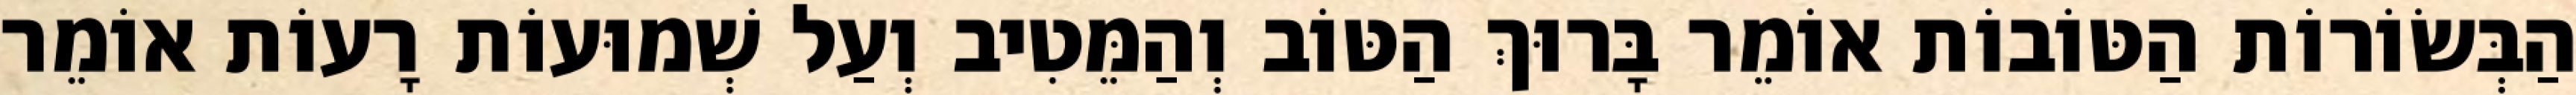
הַבְּשׂוֹרוֹת הַטּוֹבוֹת אוֹמֵר בָּרוּךְ הַטּוֹב וְהַמֵּטִיב וְעַל שְׁמוּעוֹת רָעוֹת אוֹמֵר